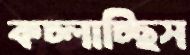
কচ্‌লাচ্ছিস